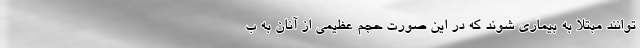
توانند مبتلا به بیماری شوند که در این صورت حجم عظیمی از آنان به ب